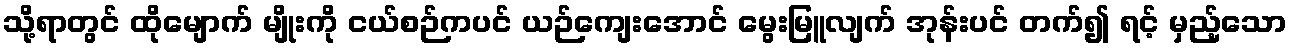
သို့ရာတွင် ထိုမျောက် မျိုးကို ငယ်စဉ်ကပင် ယဉ်ကျေးအောင် မွေးမြူလျက် အုန်းပင် တက်၍ ရင့် မှည့်သော